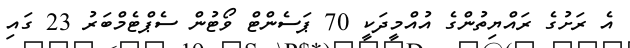
އެ ރަށުގެ ރައްޔިތުންގެ އުއްމީދަކީ 70 ޕަސެންޓް ވޯޓުން ސެޕްޓެމްބަރު 23 ގައި